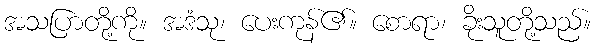
အသပြာတို့ကို။ အဒံသု၊ ပေးကုန်၏။ စောရာ၊ ခိုးသူတို့သည်။